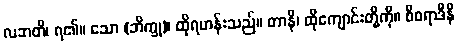
လဘတိ၊ ရ၏။ သော (ဘိက္ခု)၊ ထိုရဟန်းသည်။ တာနိ၊ ထိုကျောင်းတို့ကို။ စီဝရာဒီနိ